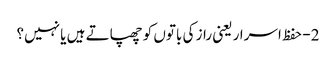
2- حفظ اسرار یعنی راز کی باتوں کو چھپاتے ہیں یا نہیں؟